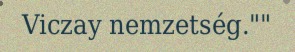
Viczay nemzetség.""